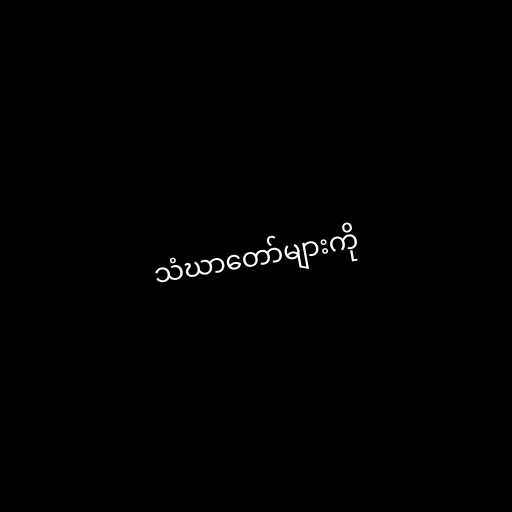
သံဃာတော်များကို